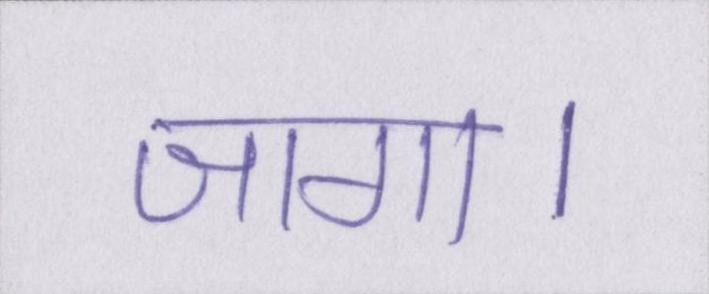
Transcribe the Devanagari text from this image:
जागा।